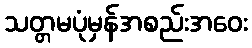
သတ္တမပုံမှန်အစည်းအဝေး